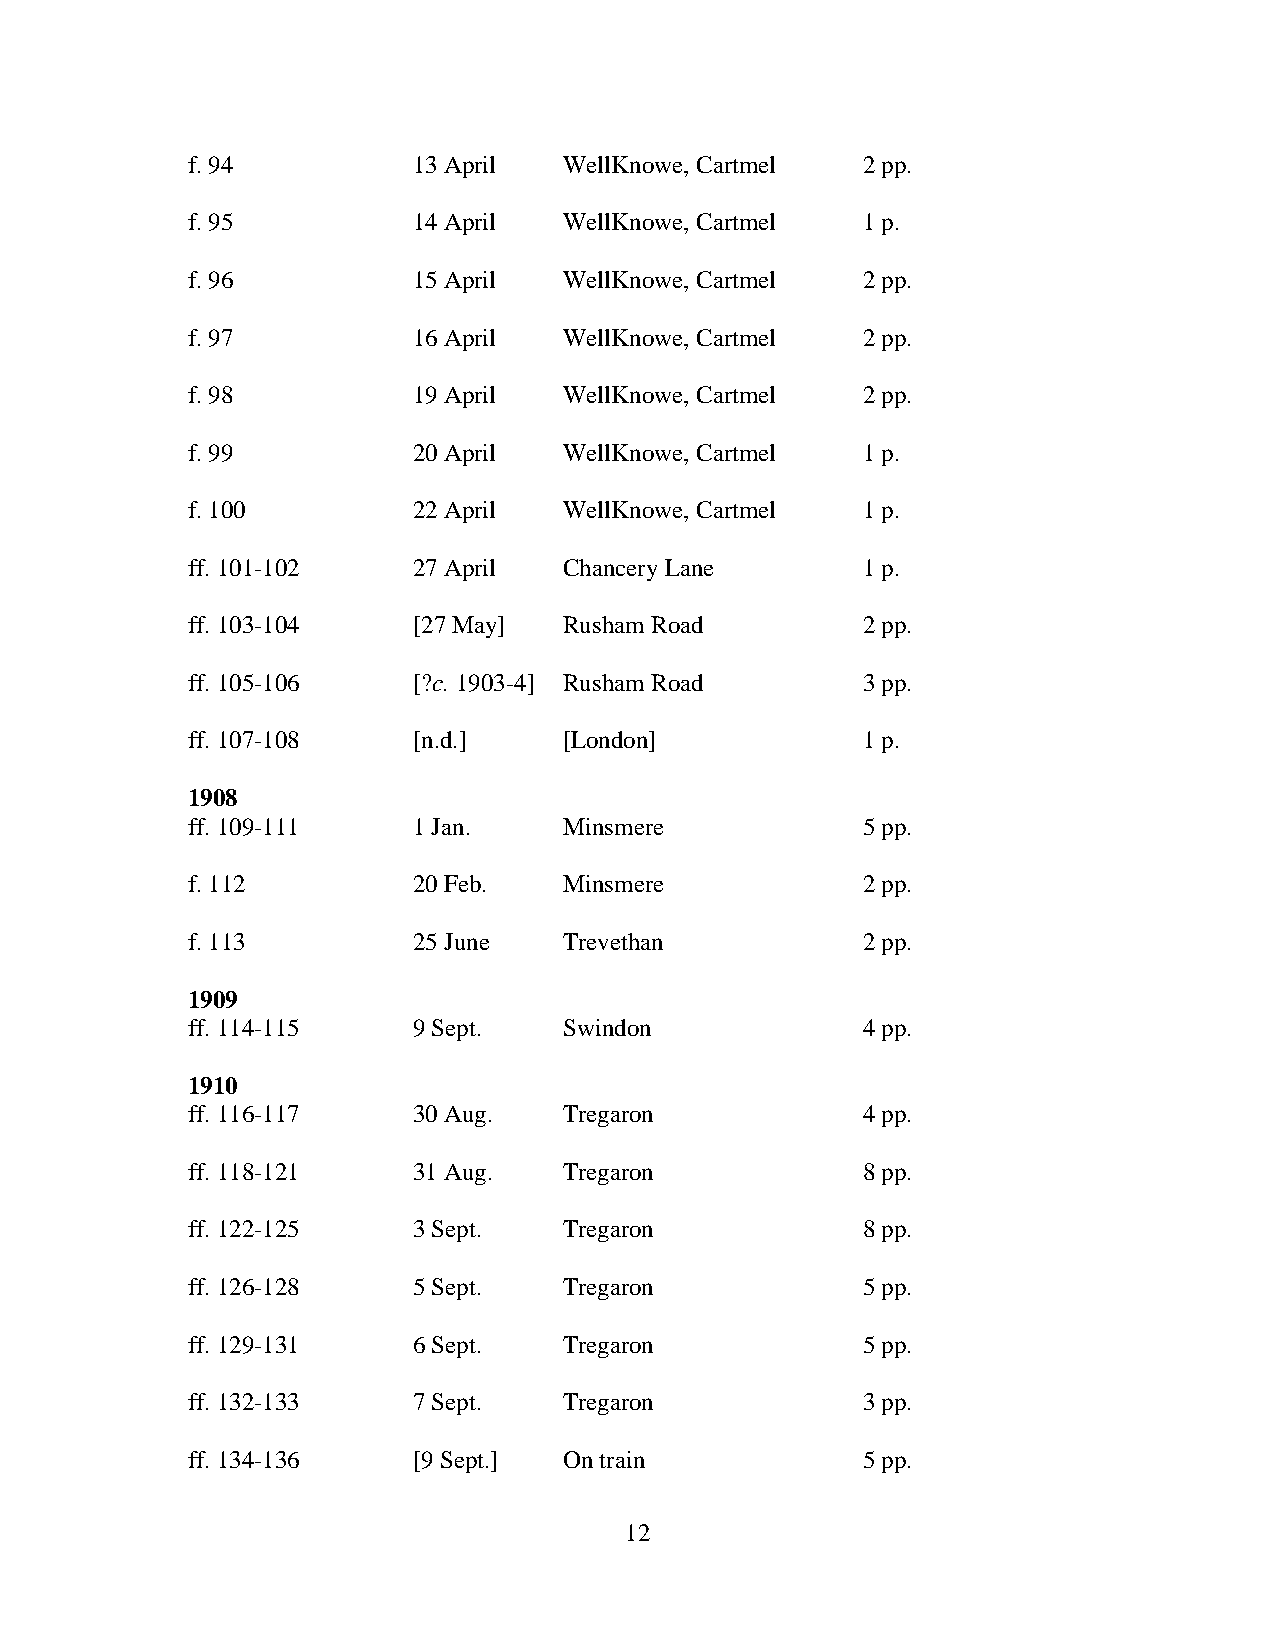
f. 94          13 April  WellKnowe, Cartmel  2 pp.
 f. 95          14 April  WellKnowe, Cartmel  1 p.
 f. 96          15 April  WellKnowe, Cartmel  2 pp.
 f. 97          16 April  WellKnowe, Cartmel  2 pp.
 f. 98          19 April  WellKnowe, Cartmel  2 pp.
 f. 99          20 April  WellKnowe, Cartmel  1 p.
 f. 100         22 April  WellKnowe, Cartmel  1 p.
 ff. 101-102    27 April  Chancery Lane       1 p.
 ff. 103-104    [27 May]  Rusham Road         2 pp.
 ff. 105-106    [?c. 1903-4] Rusham Road      3 pp.
 ff. 107-108    [n.d.]    [London]            1 p.
 1908
 ff. 109-111    1 Jan.    Minsmere            5 pp.
 f. 112         20 Feb.   Minsmere            2 pp.
 f. 113         25 June   Trevethan           2 pp.
 1909
 ff. 114-115    9 Sept.   Swindon             4 pp.
 1910
 ff. 116-117    30 Aug.   Tregaron            4 pp.
 ff. 118-121    31 Aug.   Tregaron            8 pp.
 ff. 122-125    3 Sept.   Tregaron            8 pp.
 ff. 126-128    5 Sept.   Tregaron            5 pp.
 ff. 129-131    6 Sept.   Tregaron            5 pp.
 ff. 132-133    7 Sept.   Tregaron            3 pp.
 ff. 134-136    [9 Sept.] On train            5 pp.
 12